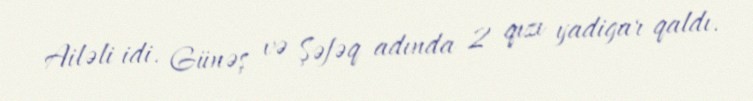
Ailəli idi. Günəş və Şəfəq adında 2 qızı yadigar qaldı.